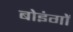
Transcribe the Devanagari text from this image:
बोइंगों